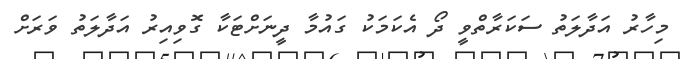
މިހާރު އަދާލަތު ސަކަރާތްވީ ދޯ އެކަމަކު ގައުމާ ދީނަށްޓަކާ ގޮވިއިރު އަދާލަތު ވަރަށް